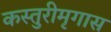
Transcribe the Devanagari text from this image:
कस्तुरीमृगास